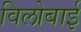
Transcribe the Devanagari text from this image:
विलोबाई